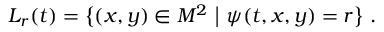
L _ { r } ( t ) = \big \{ ( x , y ) \in M ^ { 2 } \ \big | \ \psi ( t , x , y ) = r \big \} \ .